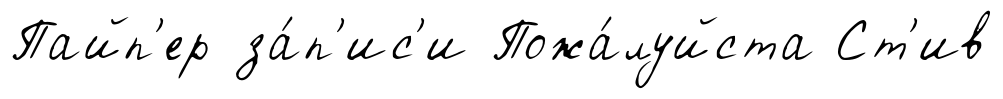
Пайп'ер за́п'ис'и Пожа́луйста Ст'ив